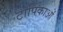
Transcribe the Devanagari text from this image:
टोपिकाओं